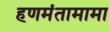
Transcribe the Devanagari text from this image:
हणमंतामामा